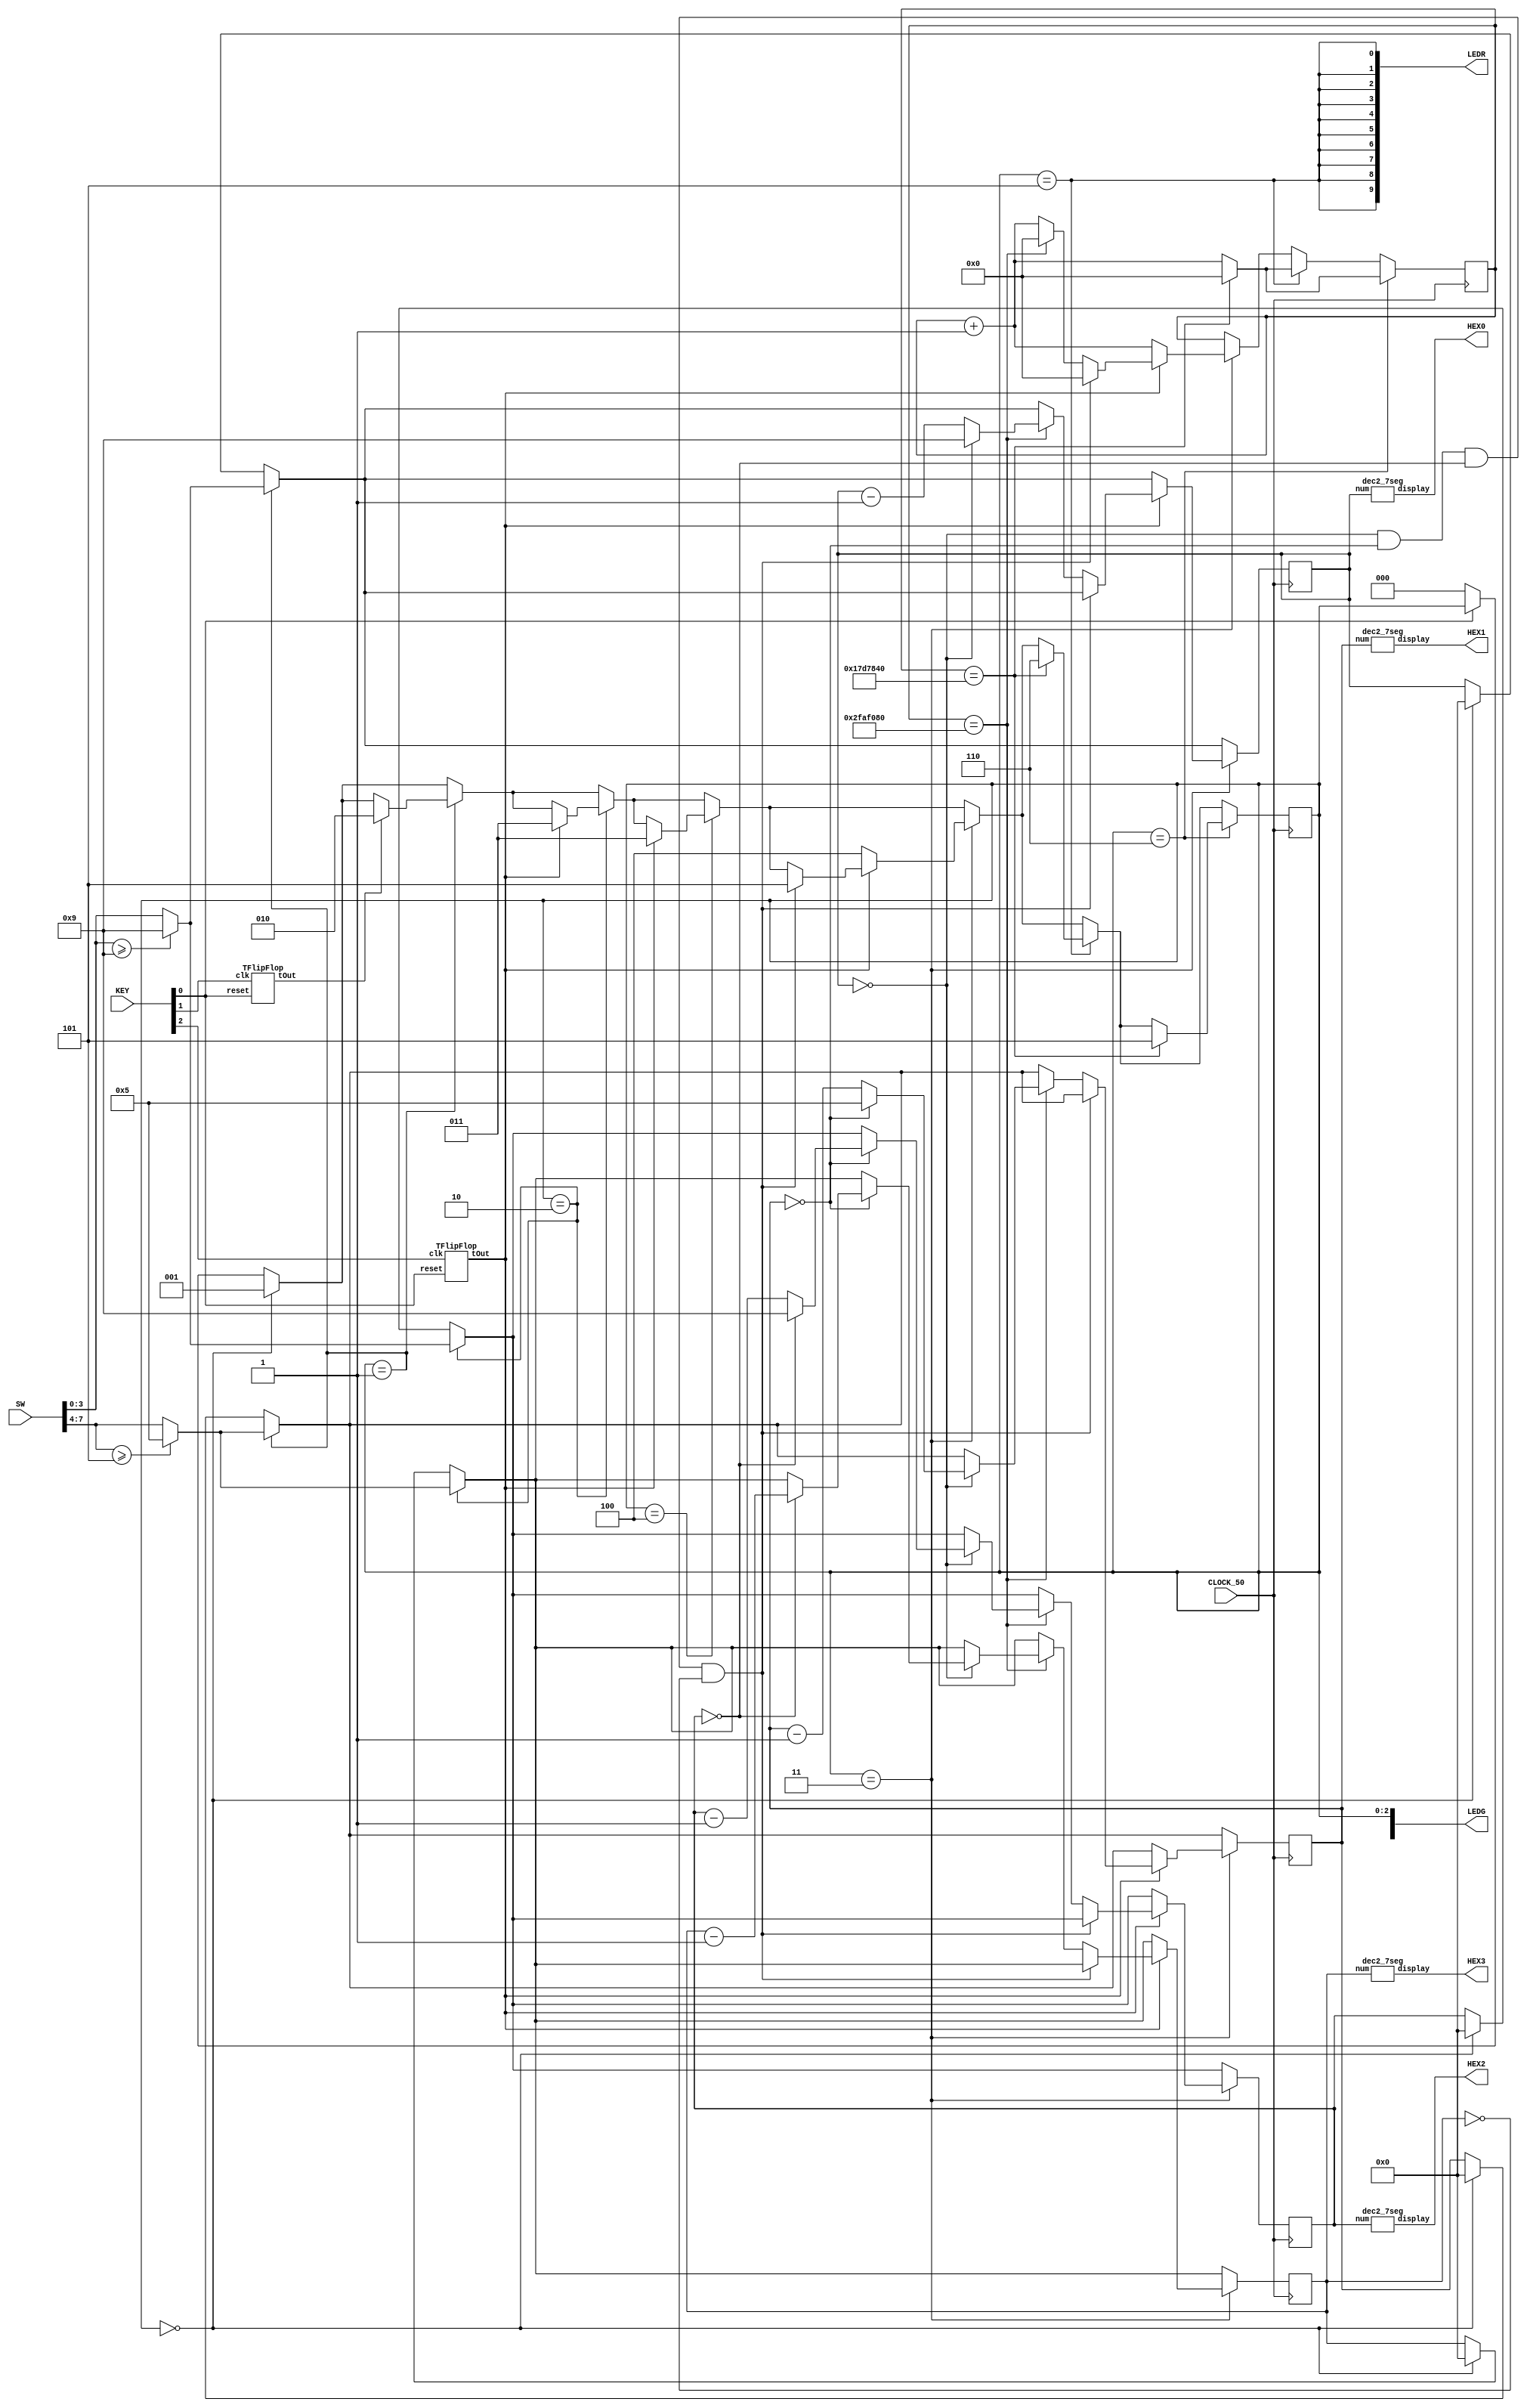
// By Tim Martin and Lin Dong
// 2014-09-26
module TimerController
(input CLOCK_50,
    input [9:0] SW,
    input [3:0] KEY,
    output [6:0] HEX0,
    output [6:0] HEX1,
    output [6:0] HEX2,
    output [6:0] HEX3,
    output [7:0] LEDG,
    output [9:0] LEDR
);

reg [31:0] clk_counter = 0;
reg [3:0] one_second_counter;
reg [3:0] ten_second_counter;
reg [3:0] one_minute_counter;
reg [3:0] ten_minute_counter;

reg [9:0] one_second_input;
reg [9:0] ten_second_input;
reg [9:0] one_minute_input;
reg [9:0] ten_minute_input;

TFlipFlop move_to_minutes (KEY[0], KEY[1], pressed_key_one);
TFlipFlop start_stop (KEY[0], KEY[2], pressed_key_two);

parameter [2:0] RESET_STATE       = 3'b000;
parameter [2:0] SET_SECONDS_STATE = 3'b001;
parameter [2:0] SET_MINUTES_STATE = 3'b010;
parameter [2:0] RUNNING_STATE     = 3'b011;
parameter [2:0] NOT_RUNNING_STATE = 3'b100;
parameter [2:0] LEDR_ON_STATE     = 3'b101;
parameter [2:0] LEDR_OFF_STATE    = 3'b110;
reg [2:0] state = 3'b000;

assign LEDG[2] = state[2];
assign LEDG[1] = state[1];
assign LEDG[0] = state[0];

assign LEDR[0] = (state == LEDR_ON_STATE);
assign LEDR[1] = (state == LEDR_ON_STATE);
assign LEDR[2] = (state == LEDR_ON_STATE);
assign LEDR[3] = (state == LEDR_ON_STATE);
assign LEDR[4] = (state == LEDR_ON_STATE);
assign LEDR[5] = (state == LEDR_ON_STATE);
assign LEDR[6] = (state == LEDR_ON_STATE);
assign LEDR[7] = (state == LEDR_ON_STATE);
assign LEDR[8] = (state == LEDR_ON_STATE);
assign LEDR[9] = (state == LEDR_ON_STATE);

always @(posedge CLOCK_50) begin
    if (!KEY[0]) begin
        state <= RESET_STATE;
    end

    if (state == RESET_STATE) begin
        one_second_counter <= 4'b0;
        ten_second_counter <= 4'b0;
        one_minute_counter <= 4'b0;
        ten_minute_counter <= 4'b0;
        state <= SET_SECONDS_STATE;
    end

    if (state == SET_SECONDS_STATE) begin
        one_second_input = SW[3:0];
        ten_second_input = SW[7:4];

        if (one_second_input >= 9) begin
            one_second_counter <= 4'd9;
        end else begin
            one_second_counter <= one_second_input;
        end

        if (ten_second_input >= 5) begin
            ten_second_counter <= 4'd5;
        end else begin
            ten_second_counter <= ten_second_input;
        end

        if (pressed_key_one) begin
            state <= SET_MINUTES_STATE;
        end
    end

    if (state == SET_MINUTES_STATE) begin
        one_minute_input = SW[3:0];
        ten_minute_input = SW[7:4];

        if (one_minute_input >= 9) begin
            one_minute_counter <= 4'd9;
        end else begin
            one_minute_counter <= one_minute_input;
        end

        if (ten_minute_input >= 5) begin
            ten_minute_counter <= 4'd5;
        end else begin
            ten_minute_counter <= ten_minute_input;
        end

        if (pressed_key_two) begin
            state <= RUNNING_STATE;
        end
    end

    if (state == NOT_RUNNING_STATE) begin
        if (pressed_key_two) begin
            state <= RUNNING_STATE;
        end
    end

    if (state == RUNNING_STATE ) begin
        clk_counter <= clk_counter + 1;
        if (!pressed_key_two) begin
            state <= NOT_RUNNING_STATE;
        end else if (one_second_counter == 0 && ten_second_counter == 0 && one_minute_counter == 0 && ten_minute_counter == 0) begin
            clk_counter <= 0;
            state <= LEDR_ON_STATE;
        end else begin
            if (clk_counter == 50000000) begin
                clk_counter <= 0;
                one_second_counter <= one_second_counter - 1;
                if (one_second_counter == 0) begin
                    one_second_counter <= 9;
                    ten_second_counter <= ten_second_counter - 1;
                    if (ten_second_counter == 0) begin
                        ten_second_counter <= 5;
                        one_minute_counter <= one_minute_counter - 1;
                        if (one_minute_counter == 0) begin
                            one_minute_counter <= 9;
                            ten_minute_counter <= ten_minute_counter - 1;
                        end
                    end
                end
            end
        end
    end

    if (state == LEDR_ON_STATE) begin
        clk_counter <= clk_counter + 1;
        if (clk_counter == 25000000) begin
            clk_counter <= 0;
            state <= LEDR_OFF_STATE;
        end
    end

    if (state == LEDR_OFF_STATE) begin
        clk_counter <= clk_counter + 1;
        if (clk_counter == 25000000) begin
            clk_counter <= 0;
            state <= LEDR_ON_STATE;
        end
    end
end

dec2_7seg u3 (ten_minute_counter, HEX3);
dec2_7seg u2 (one_minute_counter, HEX2);
dec2_7seg u1 (ten_second_counter, HEX1);
dec2_7seg u0 (one_second_counter, HEX0);

endmodule

module TFlipFlop(reset, clk, tOut);
input reset, clk;
output tOut;
reg tOut = 0;

always @(negedge reset or negedge clk) begin
    if (reset == 1'b0)
        tOut <= 0;
    else
        tOut <= ~tOut;
end
endmodule

module dec2_7seg(input [3:0] num, output [6:0] display);
assign display =
num == 0 ? ~7'b0111111 :
num == 1 ? ~7'b0000110 :
num == 2 ? ~7'b1011011 :
num == 3 ? ~7'b1001111 :
num == 4 ? ~7'b1100110 :
num == 5 ? ~7'b1101101 :
num == 6 ? ~7'b1111101 :
num == 7 ? ~7'b0000111 :
num == 8 ? ~7'b1111111 :
num == 9 ? ~7'b1100111 :
7'bxxxxxxx;   // Output is a don't care if illegal input
endmodule // dec2_7seg